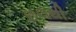
છલથી